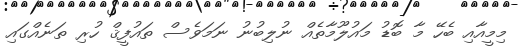
މިމީއާއި ބެހޭ މާ ބޮޑު މައުލޫމާތެއް ނުލިބުނު ނަމަވެސް ތައުފީޤް ހުރި ތަނެއްގައި